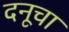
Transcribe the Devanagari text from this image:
दनूचा